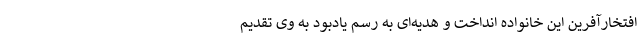
افتخارآفرین این خانواده انداخت و هدیه‌ای به رسم یادبود به وی تقدیم